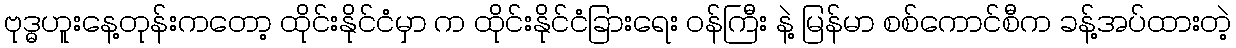
ဗုဒ္ဓဟူးနေ့တုန်းကတော့ ထိုင်းနိုင်ငံမှာ က ထိုင်းနိုင်ငံခြားရေး ဝန်ကြီး နဲ့ မြန်မာ စစ်ကောင်စီက ခန့်အပ်ထားတဲ့